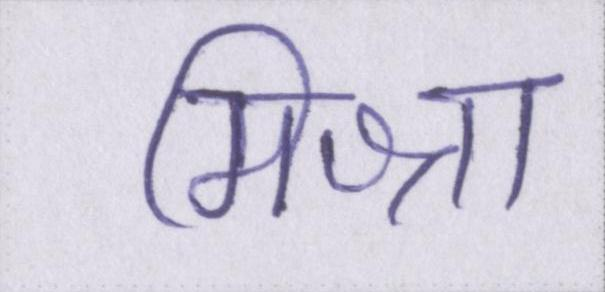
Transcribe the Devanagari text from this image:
मिश्रा